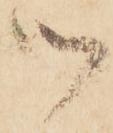
御